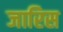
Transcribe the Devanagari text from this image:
जारिस